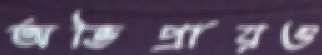
অভিপ্রায়ও